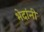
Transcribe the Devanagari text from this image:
भेदांनी